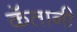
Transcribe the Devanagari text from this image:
कॅतानी